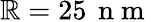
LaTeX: \mathbb{R}=25\, \mathrm{{~n~m~}}